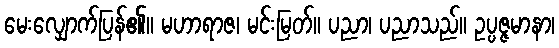
မေးလျှောက်ပြန်၏။ မဟာရာဇ၊ မင်းမြတ်။ ပညာ၊ ပညာသည်။ ဥပ္ပဇ္ဇမာနာ၊